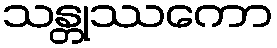
သန္တုဿကော